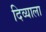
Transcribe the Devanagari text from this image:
दिव्याला